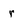
Character: r